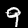
Label: 9